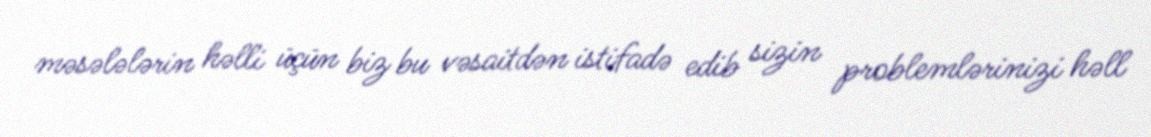
məsələlərin həlli üçün biz bu vəsaitdən istifadə edib sizin problemlərinizi həll